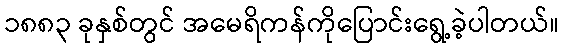
၁၈၈၃ ခုနှစ်တွင် အမေရိကန်ကိုပြောင်းရွေ့ခဲ့ပါတယ်။